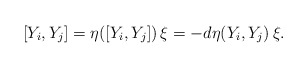
\begin{align*}[Y_i,Y_j]= \eta([Y_i, Y_j])\, \xi = - d\eta(Y_i, Y_j)\, \xi.\end{align*}